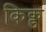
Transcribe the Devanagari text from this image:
किक्ड